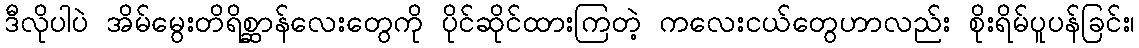
ဒီလိုပါပဲ အိမ်မွေးတိရိစ္ဆာန်လေးတွေကို ပိုင်ဆိုင်ထားကြတဲ့ ကလေးငယ်တွေဟာလည်း စိုးရိမ်ပူပန်ခြင်း၊